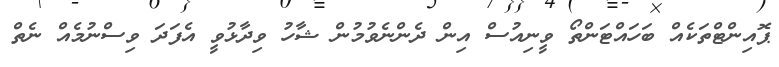
ޕޮއިންޓްތަކެއް ބަހައްޓަންތޯ ވީނިއުސް އިން ދެންނެވުމުން ޝާހު ވިދާޅުވީ އެފަދަ ވިސްނުމެއް ނެތް